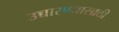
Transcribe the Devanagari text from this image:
उच्चारण्यासाठी